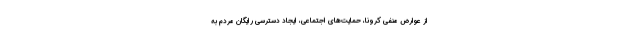
از عوارض منفی کرونا، حمایت‌های اجتماعی، ایجاد دسترسی رایگان مردم به